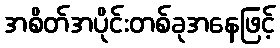
အစိတ်အပိုင်းတစ်ခုအနေဖြင့်